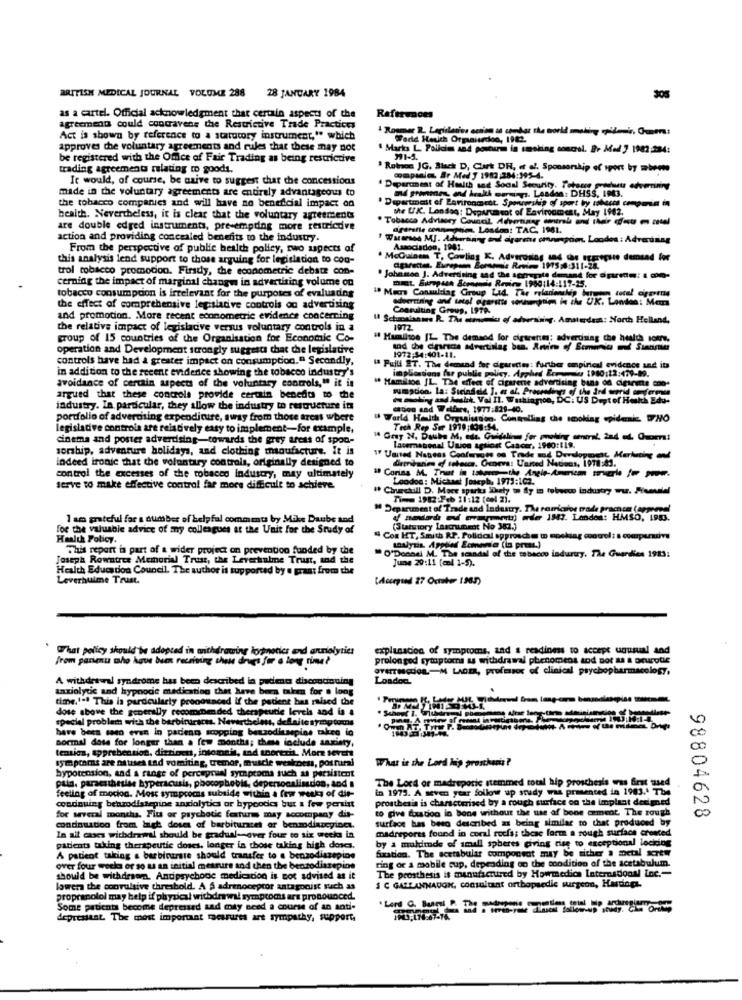
BRITISH MEDICAL JOURNAL VOLUME 288 28 JANUARY 1984
305
as a cartel. Official acknowledgment that certain aspect of the
References
agreement could contravene the Restrictive Trade Practices
Act is shown by reference to a statutory instrument," which
World Heuch Organiserdon, 1982.
approves the voluntary agreements and rules that these may not
· Marks L. Policie and ponsturm in smoking concrel. 2- Med 7 1982.234:
be registered with the Office of Fair Trading as being restrictive
trading agreements relating to goods.
Rotos JG. Black D, Clark DR, et al. Sponsorship of sport by mbeen
It would, of course, be asive to suggest that the concessions
made in the voluntary agreements are entirely advantageous to
· Department of Health sad Sooal Security. Totome outchants ocurrining
· Department of Lavironment. Sporuership of sport by robaces compania in
md promon and health warnings. Landen: DHSS, 1983.
the tobacco companies and will have no beneficial impact on
the UK. London: Depurum sot of Environment, May 1982.
health. Nevertheless, it is clear that the voluntary agreements
. Tobacca Advisory Council, Advertising central and their (fest mn zetel
are double edged instruments, pre-empding more restricdve
nom Losden: TAC, 1981.
action and providing concealed benefits to the industry.
1 Wacarson MJ. Advertising and digerente omnesprim. Loodos: Advertising
From the perspective of public health policy, rwo aspects of
Associadon, 1981.
this analysis lend support to those arguing for legislation to con-
. McQuinem T, Cowling K. Adverusing and the erregsie demand for
trol tobacco promotion. Firsty, the econometric debate con-
cemning the impact of marginal changes in advertising volume on
. Johnmen J. Advertising and the sorrente demand for oparedm: & com-
mint. Surpun Scommis Rovino 1980:14:117-25.
tobacco consumption is irrelevant for the purposes of evaluading
" Mis Consuldag Group Lad. The relacionchip hun
advertising and total ererstte sonnegrimm, in the UK. London: Man
the effect of comprehensive legislative controls ou advertising
Consulting Group, 1979.
and promotion. More recent econometric evidence concerning
Il Schooalanws R. The menu of adorar. Amsterdams: North Hellend,
the relative impact of legislative versus voluntary controls in
1972
group of 15 countries of the Organisation for Economic Co-
# Hamilton JL The demand for cigarettes; advertising the health notre.
operation and Development strongly suggests chac the legislative
controls have had a greater impact on consumption." Secondly,
1972:54:401-11.
in addition to the recent evidence showing the tobacco industry's
" Puili ET. The demand for cigarettes: further empirical evidence and its
avoidance of certain aspects of the voluntary controls," it in
" Hamilton IL. The effect of cigarene advertising bans of diesemte con-
sumadoa. la: Sieinfield. ]. a al. Proceedings of the ård serrid omference
argued that these controls provide cercain benedos to the
industry. In particular, they allow the industry to restructure its
portfolio of advertising expenditure, away from those areas where
" World Health Organisson, Controlling the smoking epidemi. WHO
legislative controls are relatively easy to implement-for example,
Tech Rep Ser 1979:108:54.
cinema and poster advertising-towards the grey areas of spon-
14 Gray N. Daube M, ett. Guidelines for probing ameral. 2a4 ed. Quoera!
sorship, adventure holidays, and clothing manufacture. It is
lacernatonal Union against Cancer, 1980:119.
indeed ironie that the voluntary controls, originally designed to
IF Uanted Natess Cooferades on Trade md Development, Marketing and
control the excesses of the tobacco Industry, may ultimately
1 Corins M. That in tabacco the Angle-America truerhe fw pwww.
Loodos: Michael Joseph, 1973:102.
serve to make effective control far more difficult to achieve.
# Churchill D. Mace sparks Shuety - fly in townwowo industry ww. Fremelel
TIM 1982 -Feb 11112 (
M Department of Trade and Industry. The romichot trade pracce (erperoel
I am grateful far s dumber of helpful comments by Mike Daube and
Catatutory Laachment No-M 1844. Landon: HMSO, 1983.
Trade ! HMSO, 1983.
for the valuable advice of my colleagues at the Unit for the Study of
(Statutory Lascnunedt N
unet No 382.)
Health Policy.
Con HT, Smith RP. Polidcal spyrosche @ mocking control : a comparative
This report is part of a wider project on prevention funded by the
"O'Donnel M. The scandal of the tobacco indurury. The Guardian 1923:
analysis, Applied Economia (la press.)
Joseph Rowatres Memorial Trust, the Leverhulme Trust, and the
June 20:11 (col 1
Health Education Council The author is supported by e grant from the
Leverhulme Trust.
What policy should be adopted in withdrawing hypnotics end annolyrics
explanation of symptoms, and & readiness to accept unusual and
from parimu who have been receiving the drugs for a long time?
prolonged symptoms us withdrawal phenomcos and sot a & orurotic
OYEITHCHOR-M LADER, professor of clinical psychopharmacology,
A withdrawal syndrome has been described la pacient discontinuing
Loadoch
taxiolytic and hypnoce medication that have been taken for a long
time.'-" This la pardcularly prooounced If the patient bal raised the
dose above the generally recommended therapeutic levels and is a
special problem with the barbirursces. Nevertheless, dellaite symp toms
have been seen even in padenn scopping beszodicaspias takee io
OWE AT, Try P.
normal date for longer than a few months; these include anxiety,
tension, apprehension, distinct, intomain, and snorezit. Morn severt
symptoms are nausea tad vomiting, tremor, muscle weakness, pornuri
What is the Lord hip proschonis?
hypotension, and a range of perceptual symptoma such as persistent
pala, paraesthesise byperacusis, pbocophobie, depersonalisados, and
The Lord of madreporic stemmed total hip prosthesis was first med
feeling of modoa. Most symptoms subside within a four weeks of dit-
in 1973. A seven year follow up study was presented in 1983.4 The
prosthesis is characterised by a rough surface on the implant designed
continuing benzodiazepine anxiolytics or bypootics but a few persist
to give fixation in bone without the use of bone cement The rough
for several months. Flu or psychotic features may accompany dia-
surface has been described as being similar to that produced by
98804628
condouation from high doses of barbiturates or benmodinacyinc.
madrepores found in coral roofs; these form a rough surface cronted
In all cases withdrawal should be gradual-over four to six weeks in
by a muldede of small spheres giving rise to exceptional locking
patients taking therapeutic doses. longer in those taking high doses.
fixation. The scetabular component may be either a metal screw
A patient taking a barbintrste should transfer to a benzodiazepine
ting or a mobile cup, depending on the condition of the acetabulum.
over four weeks or so as an initial metrure and then the benzodiazepine
should be withdrsom. Antipsychode medication is not advised as it
The prosthesis is manufactured by Howmedica International Inc .-
lowers the convulsive threshold. A & adrimoceptor antagonist such as
$ C GALLANNADON, consultant orthopaedic surgeon, Hardog.
propranolol may help if physical withdrawal symptoms ars pronounced.
Some patients become depressed sad may need a course of an anti-
depressant. The most important menuires art sympathy, support.